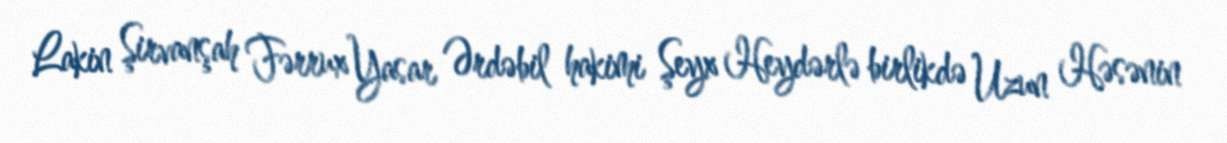
Lakin Şirvanşah Fərrux Yasar Ərdəbil hakimi Şeyx Heydərlə birlikdə Uzun Həsənin